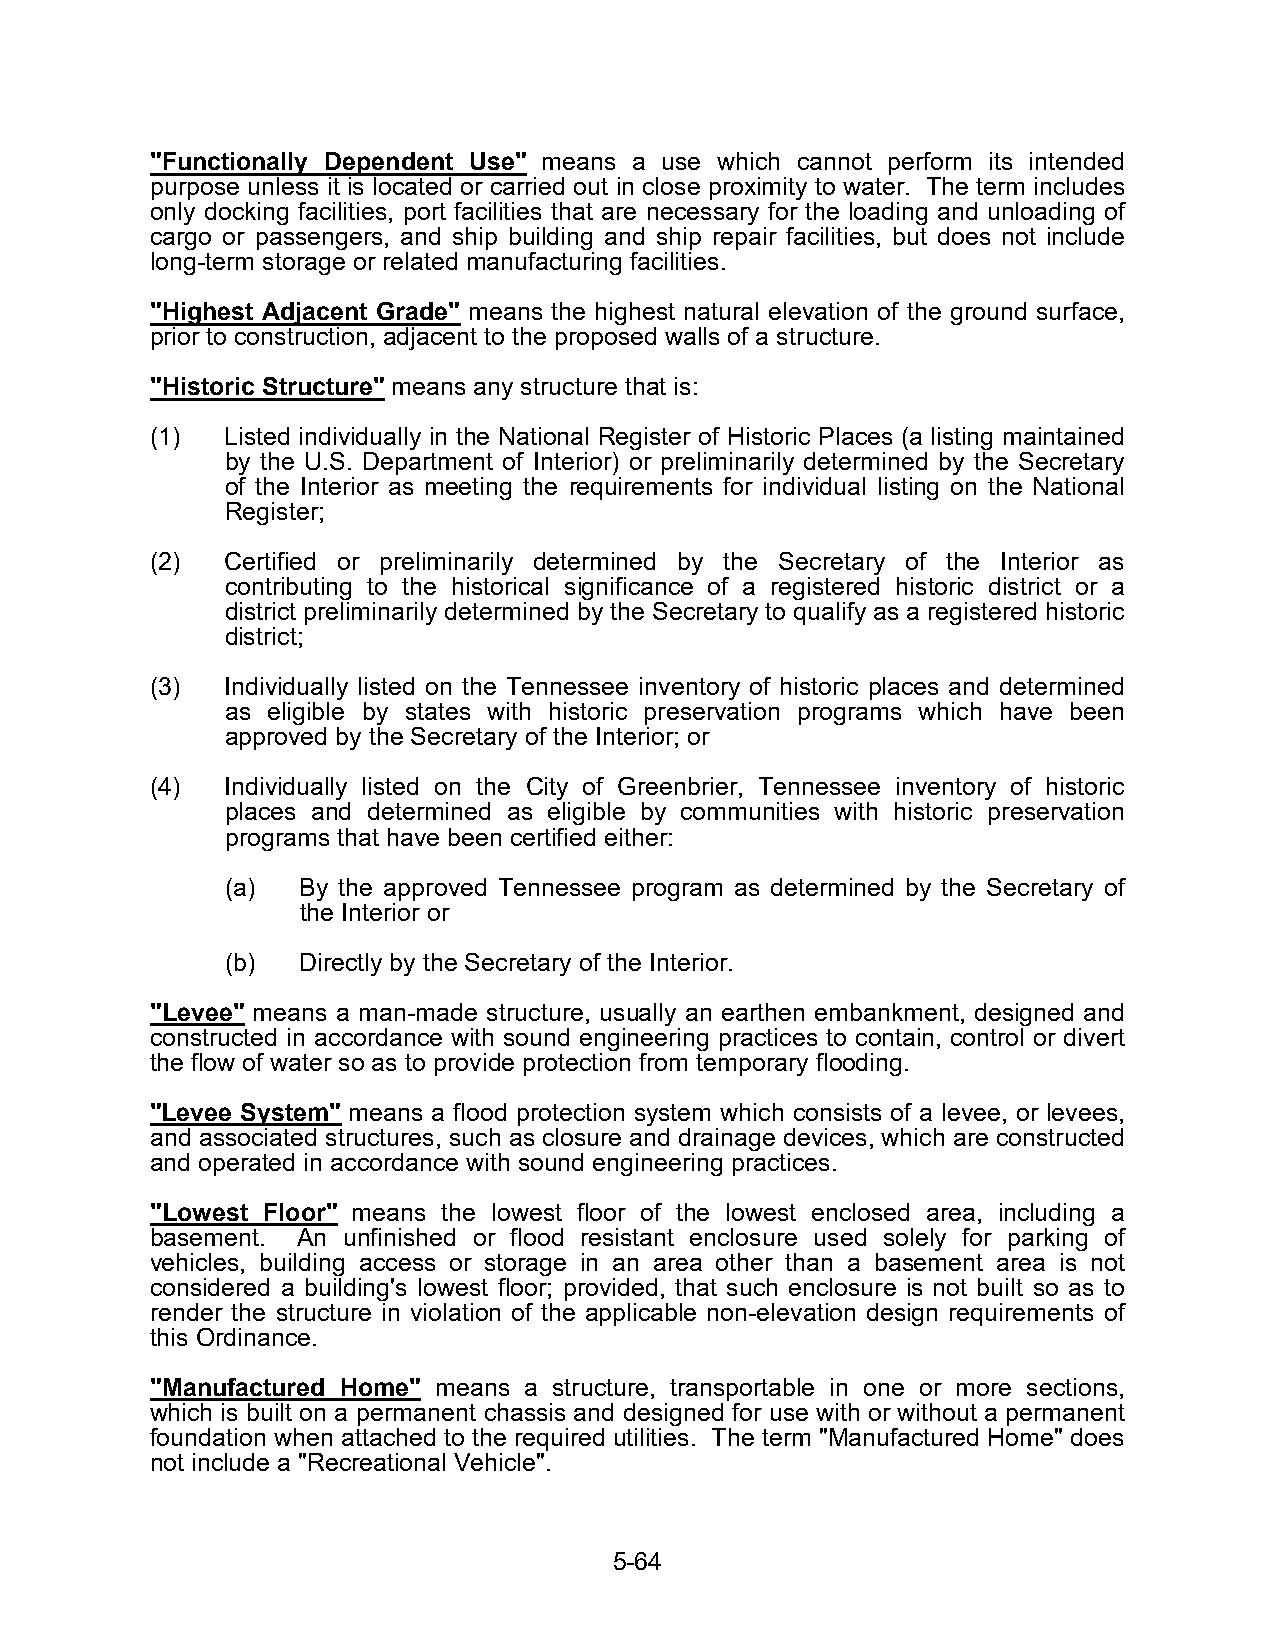
"Functionally Dependent Use" means a use which cannot perform its intended
 purpose unless it is located or carried out in close proximity to water. The term includes
 only docking facilities, port facilities that are necessary for the loading and unloading of
 cargo or passengers, and ship building and ship repair facilities, but does not include
 long-term storage or related manufacturing facilities.
 "Highest Adjacent Grade" means the highest natural elevation of the ground surface,
 prior to construction, adjacent to the proposed walls of a structure.
 "Historic Structure" means any structure that is:
 (1)  Listed individually in the National Register of Historic Places (a listing maintained
 by the U.S. Department of Interior) or preliminarily determined by the Secretary
 of the Interior as meeting the requirements for individual listing on the National
 Register;
 (2)  Certified or preliminarily determined by the Secretary of the Interior as
 contributing to the historical significance of a registered historic district or a
 district preliminarily determined by the Secretary to qualify as a registered historic
 district;
 (3)  Individually listed on the Tennessee inventory of historic places and determined
 as eligible by states with historic preservation programs which have been
 approved by the Secretary of the Interior; or
 (4)  Individually listed on the City of Greenbrier, Tennessee inventory of historic
 places and determined as eligible by communities with historic preservation
 programs that have been certified either:
 (a)  By the approved Tennessee program as determined by the Secretary of
 the Interior or
 (b)  Directly by the Secretary of the Interior.
 "Levee" means a man-made structure, usually an earthen embankment, designed and
 constructed in accordance with sound engineering practices to contain, control or divert
 the flow of water so as to provide protection from temporary flooding.
 "Levee System" means a flood protection system which consists of a levee, or levees,
 and associated structures, such as closure and drainage devices, which are constructed
 and operated in accordance with sound engineering practices.
 "Lowest Floor" means the lowest floor of the lowest enclosed area, including a
 basement. An unfinished or flood resistant enclosure used solely for parking of
 vehicles, building access or storage in an area other than a basement area is not
 considered a building's lowest floor; provided, that such enclosure is not built so as to
 render the structure in violation of the applicable non-elevation design requirements of
 this Ordinance.
 "Manufactured Home" means a structure, transportable in one or more sections,
 which is built on a permanent chassis and designed for use with or without a permanent
 foundation when attached to the required utilities. The term "Manufactured Home" does
 not include a "Recreational Vehicle".
 5-64